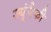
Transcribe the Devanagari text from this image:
ज्यूंपैकी